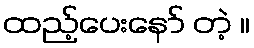
ထည့်ပေးနော် တဲ့ ။